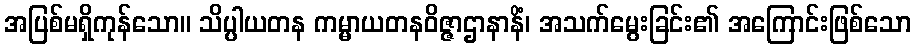
အပြစ်မရှိကုန်သော။ သိပ္ပါယတန ကမ္မာယတနဝိဇ္ဇာဌာနာနိံ၊ အသက်မွေးခြင်း၏ အကြောင်းဖြစ်သော